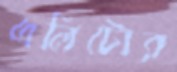
এলিটোর